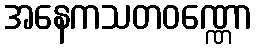
အနေကသတဝဏ္ဏော